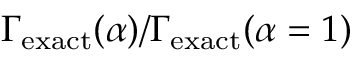
\Gamma _ { \mathrm { e x a c t } } ( \alpha ) / \Gamma _ { \mathrm { e x a c t } } ( \alpha = 1 )